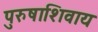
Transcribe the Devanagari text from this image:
पुरुषाशिवाय